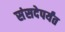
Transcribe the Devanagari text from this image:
संसदेपर्यंत